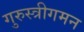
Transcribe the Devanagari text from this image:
गुरुस्त्रीगमन